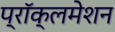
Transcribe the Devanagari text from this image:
प्रॉक्लमेशन